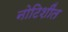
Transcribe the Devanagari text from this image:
नोटिशींत